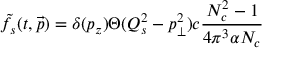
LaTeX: \tilde { f } _ { s } ( t , \vec { p } ) = \delta ( p _ { z } ) \Theta ( Q _ { s } ^ { 2 } - p _ { \perp } ^ { 2 } ) c { \frac { N _ { c } ^ { 2 } - 1 } { 4 \pi ^ { 3 } \alpha N _ { c } } }